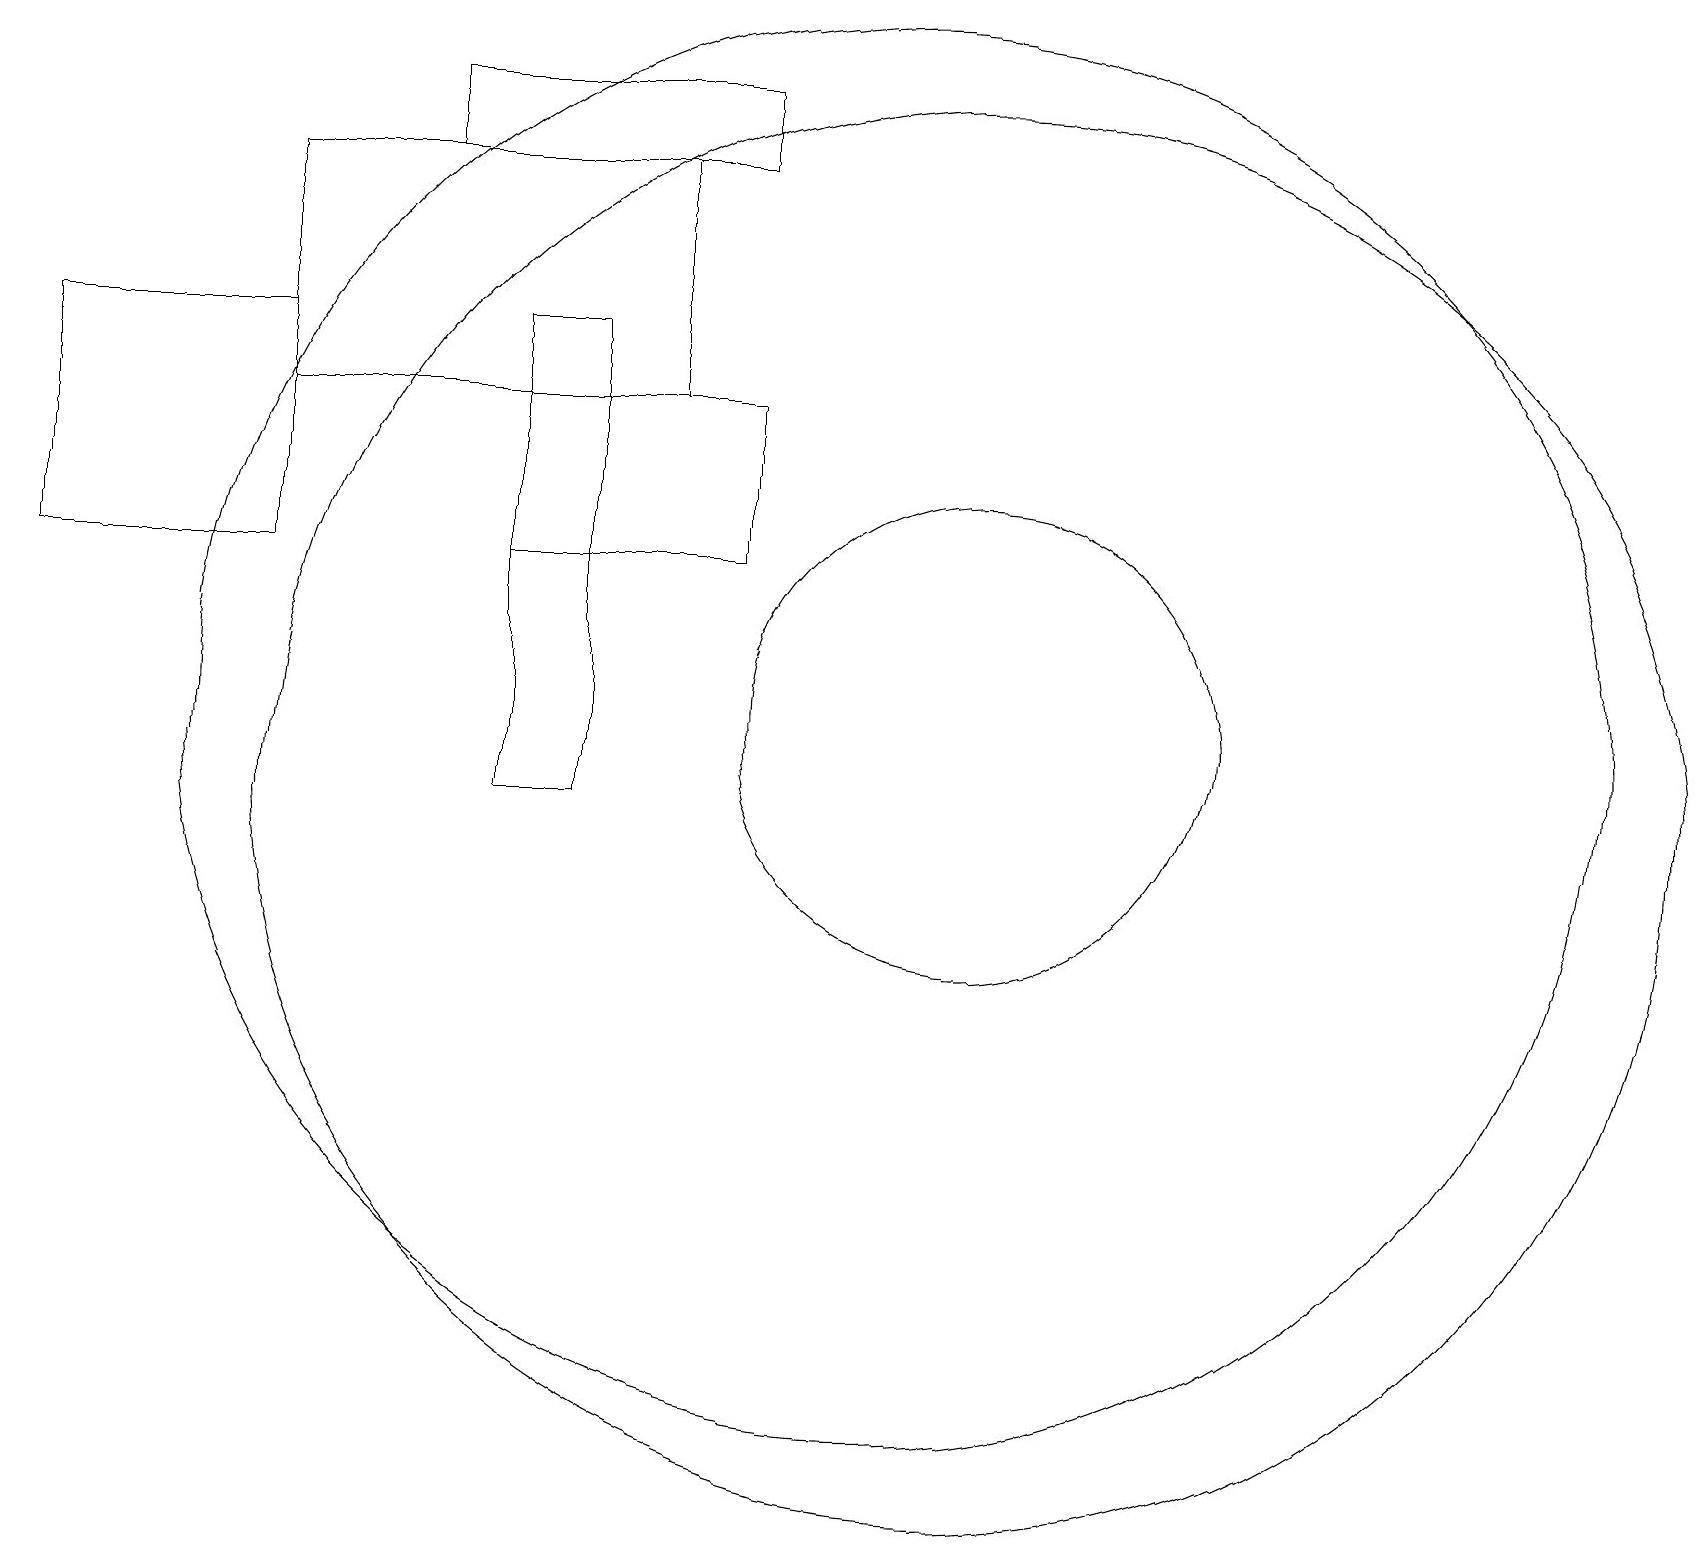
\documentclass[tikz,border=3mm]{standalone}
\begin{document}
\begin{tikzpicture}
\draw (11,11) circle (9);
\draw (12,11) circle (3);
\draw (6,10) rectangle (7,16);
\draw (3,16) rectangle (0,13);
\draw (12,10) circle (9);
\draw (5,18) rectangle (9,19);
\draw (6,15) rectangle (9,13);
\draw (8,18) rectangle (3,15);
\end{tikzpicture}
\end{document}